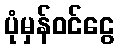
ပုံမှန်ဝင်ငွေ